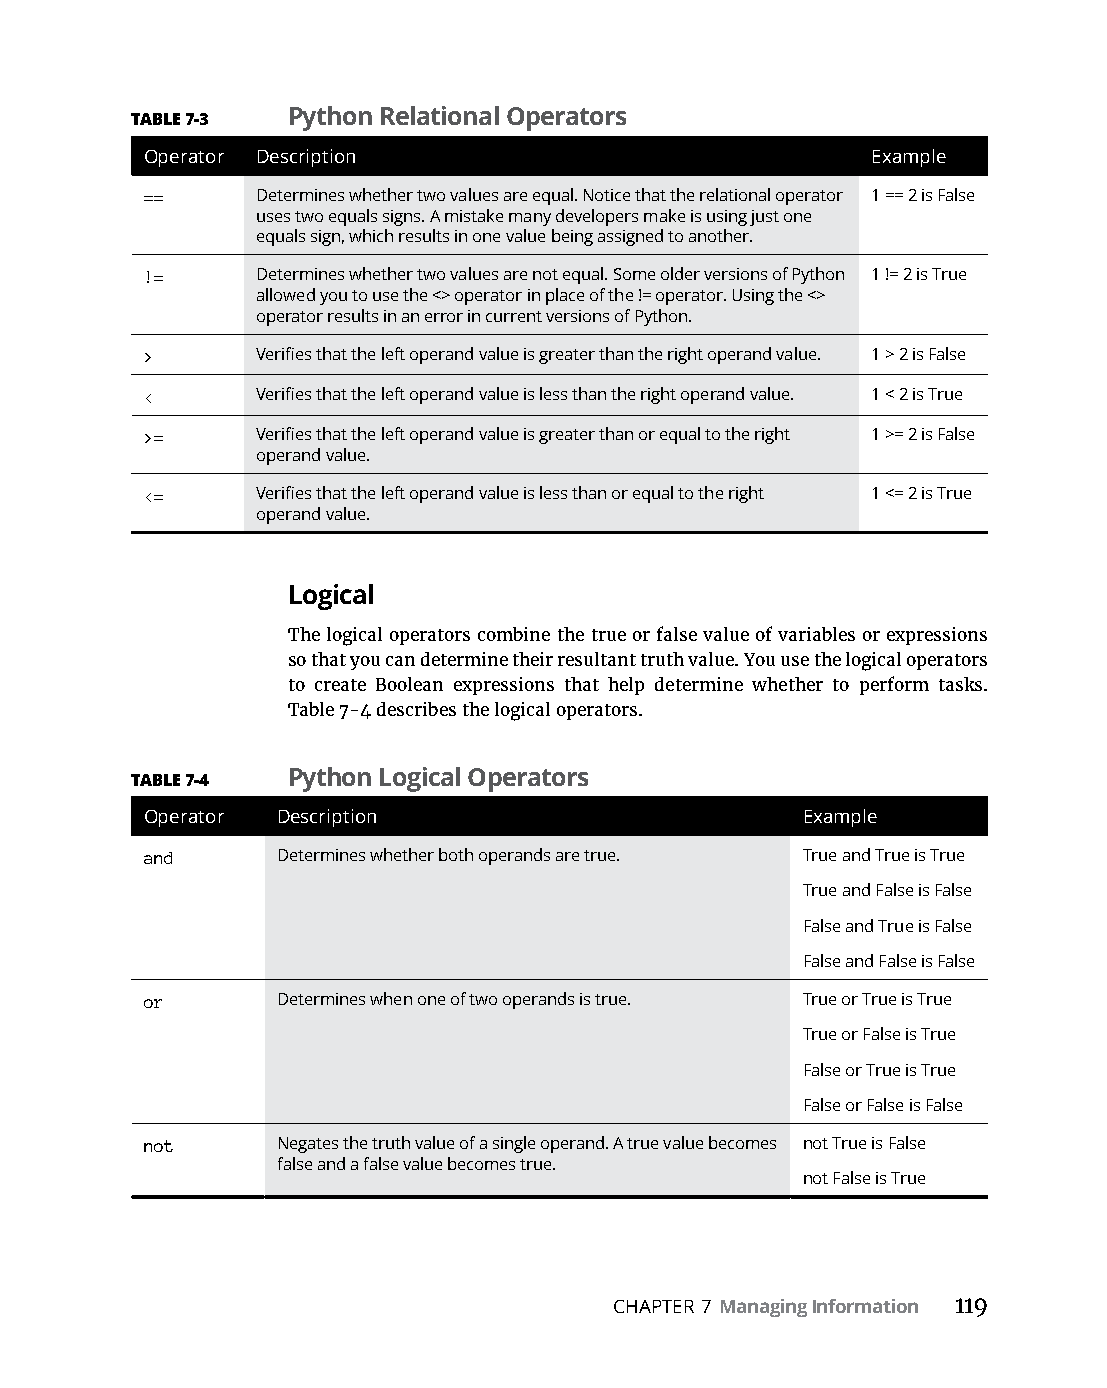
TABLE 7-3 Python Relational Operators
 Operator Description                            Example
 ==     Determines whether two values are equal. Notice that the relational operator 1 == 2 is False
 uses two equals signs. A mistake many developers make is using just one
 equals sign, which results in one value being assigned to another.
 !=     Determines whether two values are not equal. Some older versions of Python 1 != 2 is True
 allowed you to use the <> operator in place of the != operator. Using the <>
 operator results in an error in current versions of Python.
 >      Verifies that the left operand value is greater than the right operand value. 1 > 2 is False
 <      Verifies that the left operand value is less than the right operand value. 1 < 2 is True
 >=     Verifies that the left operand value is greater than or equal to the right 1 >= 2 is False
 operand value.
 <=     Verifies that the left operand value is less than or equal to the right 1 <= 2 is True
 operand value.
 Logical
 The logical operators combine the true or false value of variables or expressions
 so that you can determine their resultant truth value. You use the logical operators
 to create Boolean expressions that help determine whether to perform tasks.
 Table 7-4 describes the logical operators.
 TABLE 7-4 Python Logical Operators
 Operator Description                       Example
 and     Determines whether both operands are true. True and True is True
 True and False is False
 False and True is False
 False and False is False
 or      Determines when one of two operands is true. True or True is True
 True or False is True
 False or True is True
 False or False is False
 not     Negates the truth value of a single operand. A true value becomes not True is False
 false and a false value becomes true.
 not False is True
 CHAPTER 7 Managing Information 119